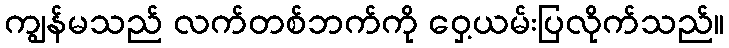
ကျွန်မသည် လက်တစ်ဘက်ကို ဝှေ့ယမ်းပြလိုက်သည်။